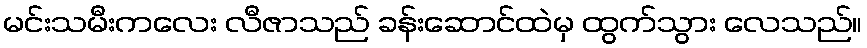
မင်းသမီးကလေး လီဇာသည် ခန်းဆောင်ထဲမှ ထွက်သွား လေသည်။